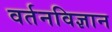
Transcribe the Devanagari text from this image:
वर्तनविज्ञान